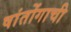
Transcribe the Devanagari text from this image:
षांतोंगाची